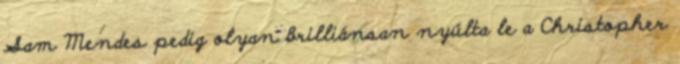
Sam Mendes pedig olyan brilliánsan nyúlta le a Christopher